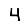
Digit: 4